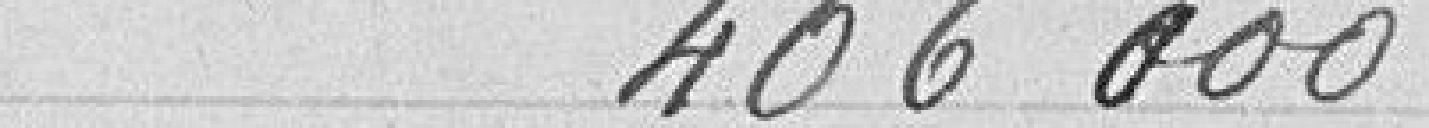
406000